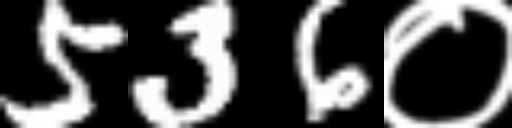
Text: 536०